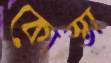
কোস্তা